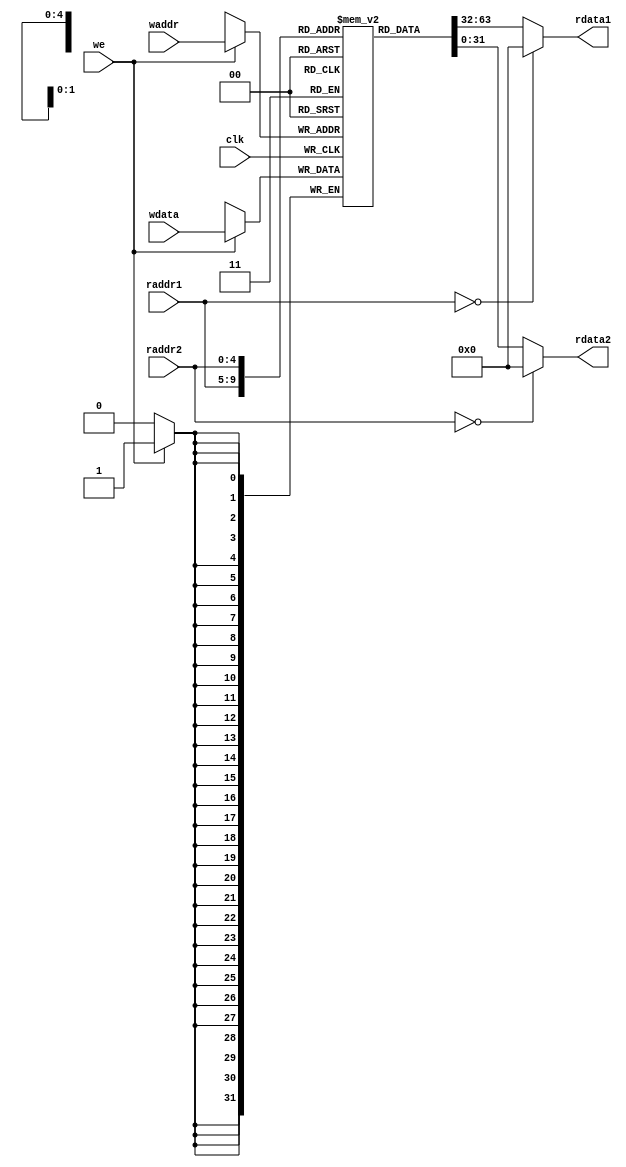
module regfile(
    input         clk,
    // READ PORT 1
    input  [ 4:0] raddr1,
    output [31:0] rdata1,
    // READ PORT 2
    input  [ 4:0] raddr2,
    output [31:0] rdata2,
    // WRITE PORT
    input         we,       //write enable, HIGH valid
    input  [ 4:0] waddr,
    input  [31:0] wdata
);
reg [31:0] rf[31:0];

//WRITE
always @(posedge clk) begin
    if (we) rf[waddr]<= wdata;
end

//READ OUT 1
assign rdata1 = (raddr1==5'b0) ? 32'b0 : rf[raddr1];

//READ OUT 2
assign rdata2 = (raddr2==5'b0) ? 32'b0 : rf[raddr2];

endmodule


module HILO(
    input clk,
    input wen_HI,
    input [31:0] wHI,
    input wen_LO,
    input [31:0] wLO,
    output [31:0] rHI,
    output [31:0] rLO
);
    reg [31:0] reg_HI;
    reg [31:0] reg_LO;
    
    always @(posedge clk) begin
        if(wen_HI)
            reg_HI<=wHI;
    end
    always @(posedge clk) begin
        if(wen_LO)
            reg_LO<=wLO;
    end
    assign rHI=reg_HI;
    assign rLO=reg_LO;
endmodule